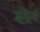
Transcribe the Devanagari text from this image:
इद्रेन